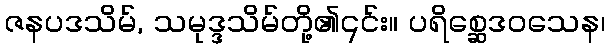
ဇနပဒသိမ်, သမုဒ္ဒသိမ်တို့၏၎င်း။ ပရိစ္ဆေဒဝသေန၊